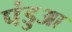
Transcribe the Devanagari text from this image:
पंडुआ